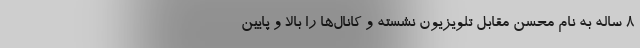
۸ ساله به نام محسن مقابل تلویزیون نشسته و کانال‌ها را بالا و پایین